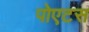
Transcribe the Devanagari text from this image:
पोएटस